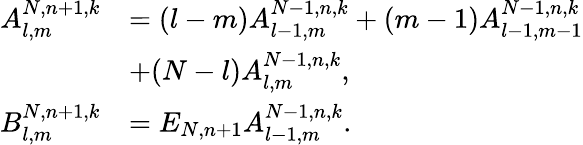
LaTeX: \begin{array}{rl}{A_{l,m}^{N,n+1,k}}&{=(l-m)A_{l-1,m}^{N-1,n,k}+(m-1)A_{l-1,m-1}^{N-1,n,k}}\\ &{+(N-l)A_{l,m}^{N-1,n,k},}\\ {B_{l,m}^{N,n+1,k}}&{=E_{N,n+1}A_{l-1,m}^{N-1,n,k}.}\end{array}